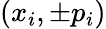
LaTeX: (x_{i},\pm p_{i})